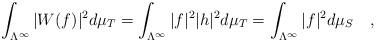
LaTeX: \begin{align*} \int_{\Lambda^\infty} |W(f)|^2 d\mu_T = \int_{\Lambda^\infty} |f|^2|h|^2 d\mu_T = \int_{\Lambda^\infty}|f|^2 d\mu_S \quad, \end{align*}